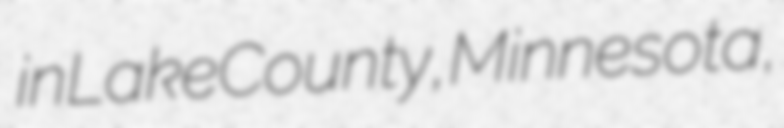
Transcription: in Lake County, Minnesota,